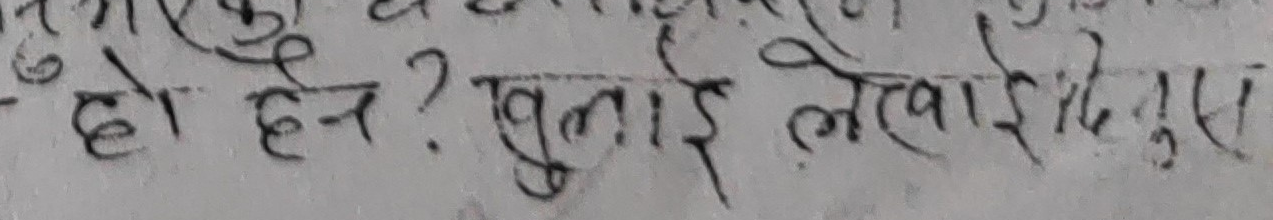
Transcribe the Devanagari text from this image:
हो हैन? खुलाई लेखाई देदुस